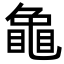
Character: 𮯟